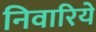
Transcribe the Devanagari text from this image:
निवारिये